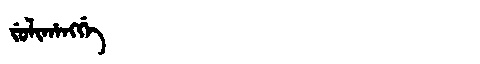
Manchu: ᠵᡠᠯᡳᡥᠠᠩᡤᡝ
Romanization: JULIHANGGE